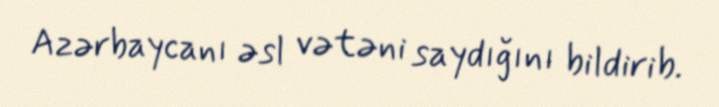
Azərbaycanı əsl vətəni saydığını bildirib.